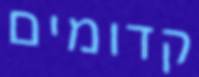
קדומים